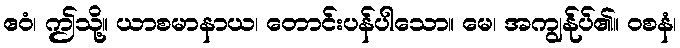
ဧဝံ၊ ဤသို့။ ယာစမာနာယ၊ တောင်းပန်ပါသော။ မေ၊ အကျွန်ုပ်၏။ ဝစနံ၊